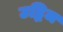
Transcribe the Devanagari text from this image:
उद्भिज